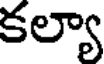
కల్యా